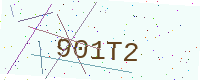
Text: 901T2